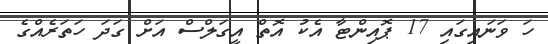
ހަ ވަނައިގައި 17 ޕޮއިންޓާ އެކު އޮތް އީގަލްސް އަށް ގަދަ ހަތަރެއްގެ